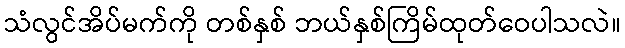
သံလွင်အိပ်မက်ကို တစ်နှစ် ဘယ်နှစ်ကြိမ်ထုတ်ဝေပါသလဲ။